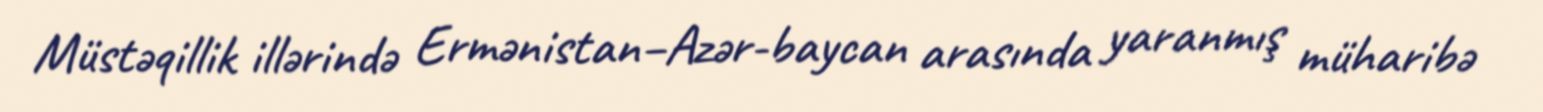
Müstəqillik illərində Ermənistan–Azər­baycan arasında yaranmış müharibə